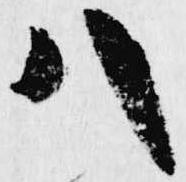
八